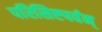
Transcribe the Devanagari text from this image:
परिसिष्टपर्वन्‌